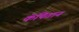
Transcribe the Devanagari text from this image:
कॅपितान